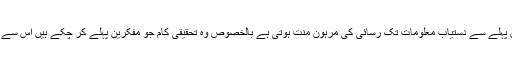
کسی بھی شعبے میں تحقیق پہلے سے دستیاب معلومات تک رسائی کی مرہون منت ہوتی ہے بالخصوص وہ تحقیقی کام جو مفکرین پہلے کر چکے ہیں اس سے استفادہ حاصل کیا جاسکے۔